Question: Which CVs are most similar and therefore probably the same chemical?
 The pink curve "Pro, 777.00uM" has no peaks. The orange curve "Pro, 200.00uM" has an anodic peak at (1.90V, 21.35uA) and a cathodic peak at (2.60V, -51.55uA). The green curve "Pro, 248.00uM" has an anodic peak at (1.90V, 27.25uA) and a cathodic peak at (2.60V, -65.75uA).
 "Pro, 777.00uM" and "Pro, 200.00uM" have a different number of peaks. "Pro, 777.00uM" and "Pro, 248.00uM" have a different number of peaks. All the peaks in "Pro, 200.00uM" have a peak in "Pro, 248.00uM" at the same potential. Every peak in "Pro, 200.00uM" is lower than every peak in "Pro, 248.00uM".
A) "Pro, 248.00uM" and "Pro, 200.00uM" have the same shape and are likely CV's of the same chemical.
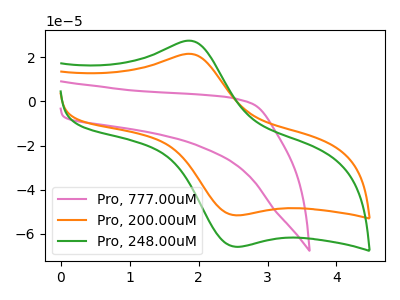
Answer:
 <answer>A) "Pro, 248.00uM" and "Pro, 200.00uM" have the same shape and are likely CV's of the same chemical.</answer>
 <eval>A</eval>